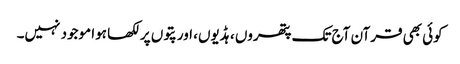
کوئی بھی قرآن آج تک پتھروں ، ہڈیوں، اور پتوں پر لکھا ہوا موجود نہیں۔